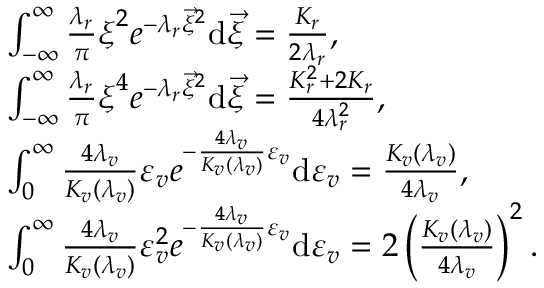
\begin{array} { r l } & { \int _ { - \infty } ^ { \infty } \frac { \lambda _ { r } } { \pi } \boldsymbol { \xi } ^ { 2 } e ^ { - \lambda _ { r } \vec { \xi } ^ { 2 } } \mathrm { { d } } { \vec { \xi } } = \frac { K _ { r } } { 2 \lambda _ { r } } , } \\ & { \int _ { - \infty } ^ { \infty } \frac { \lambda _ { r } } { \pi } \boldsymbol { \xi } ^ { 4 } e ^ { - \lambda _ { r } \vec { \xi } ^ { 2 } } { \mathrm { d } } { \vec { \xi } } = \frac { K _ { r } ^ { 2 } + 2 K _ { r } } { 4 \lambda _ { r } ^ { 2 } } , } \\ & { \int _ { 0 } ^ { \infty } \frac { 4 \lambda _ { v } } { K _ { v } ( \lambda _ { v } ) } \varepsilon _ { v } e ^ { - \frac { 4 \lambda _ { v } } { K _ { v } ( \lambda _ { v } ) } { \varepsilon _ { v } } } \mathrm { { d } } \varepsilon _ { v } = \frac { K _ { v } ( \lambda _ { v } ) } { 4 \lambda _ { v } } , } \\ & { \int _ { 0 } ^ { \infty } \frac { 4 \lambda _ { v } } { K _ { v } ( \lambda _ { v } ) } \varepsilon _ { v } ^ { 2 } e ^ { - \frac { 4 \lambda _ { v } } { K _ { v } ( \lambda _ { v } ) } \varepsilon _ { v } } { \mathrm { d } } \varepsilon _ { v } = 2 \left( \frac { K _ { v } ( \lambda _ { v } ) } { 4 \lambda _ { v } } \right) ^ { 2 } . } \end{array}